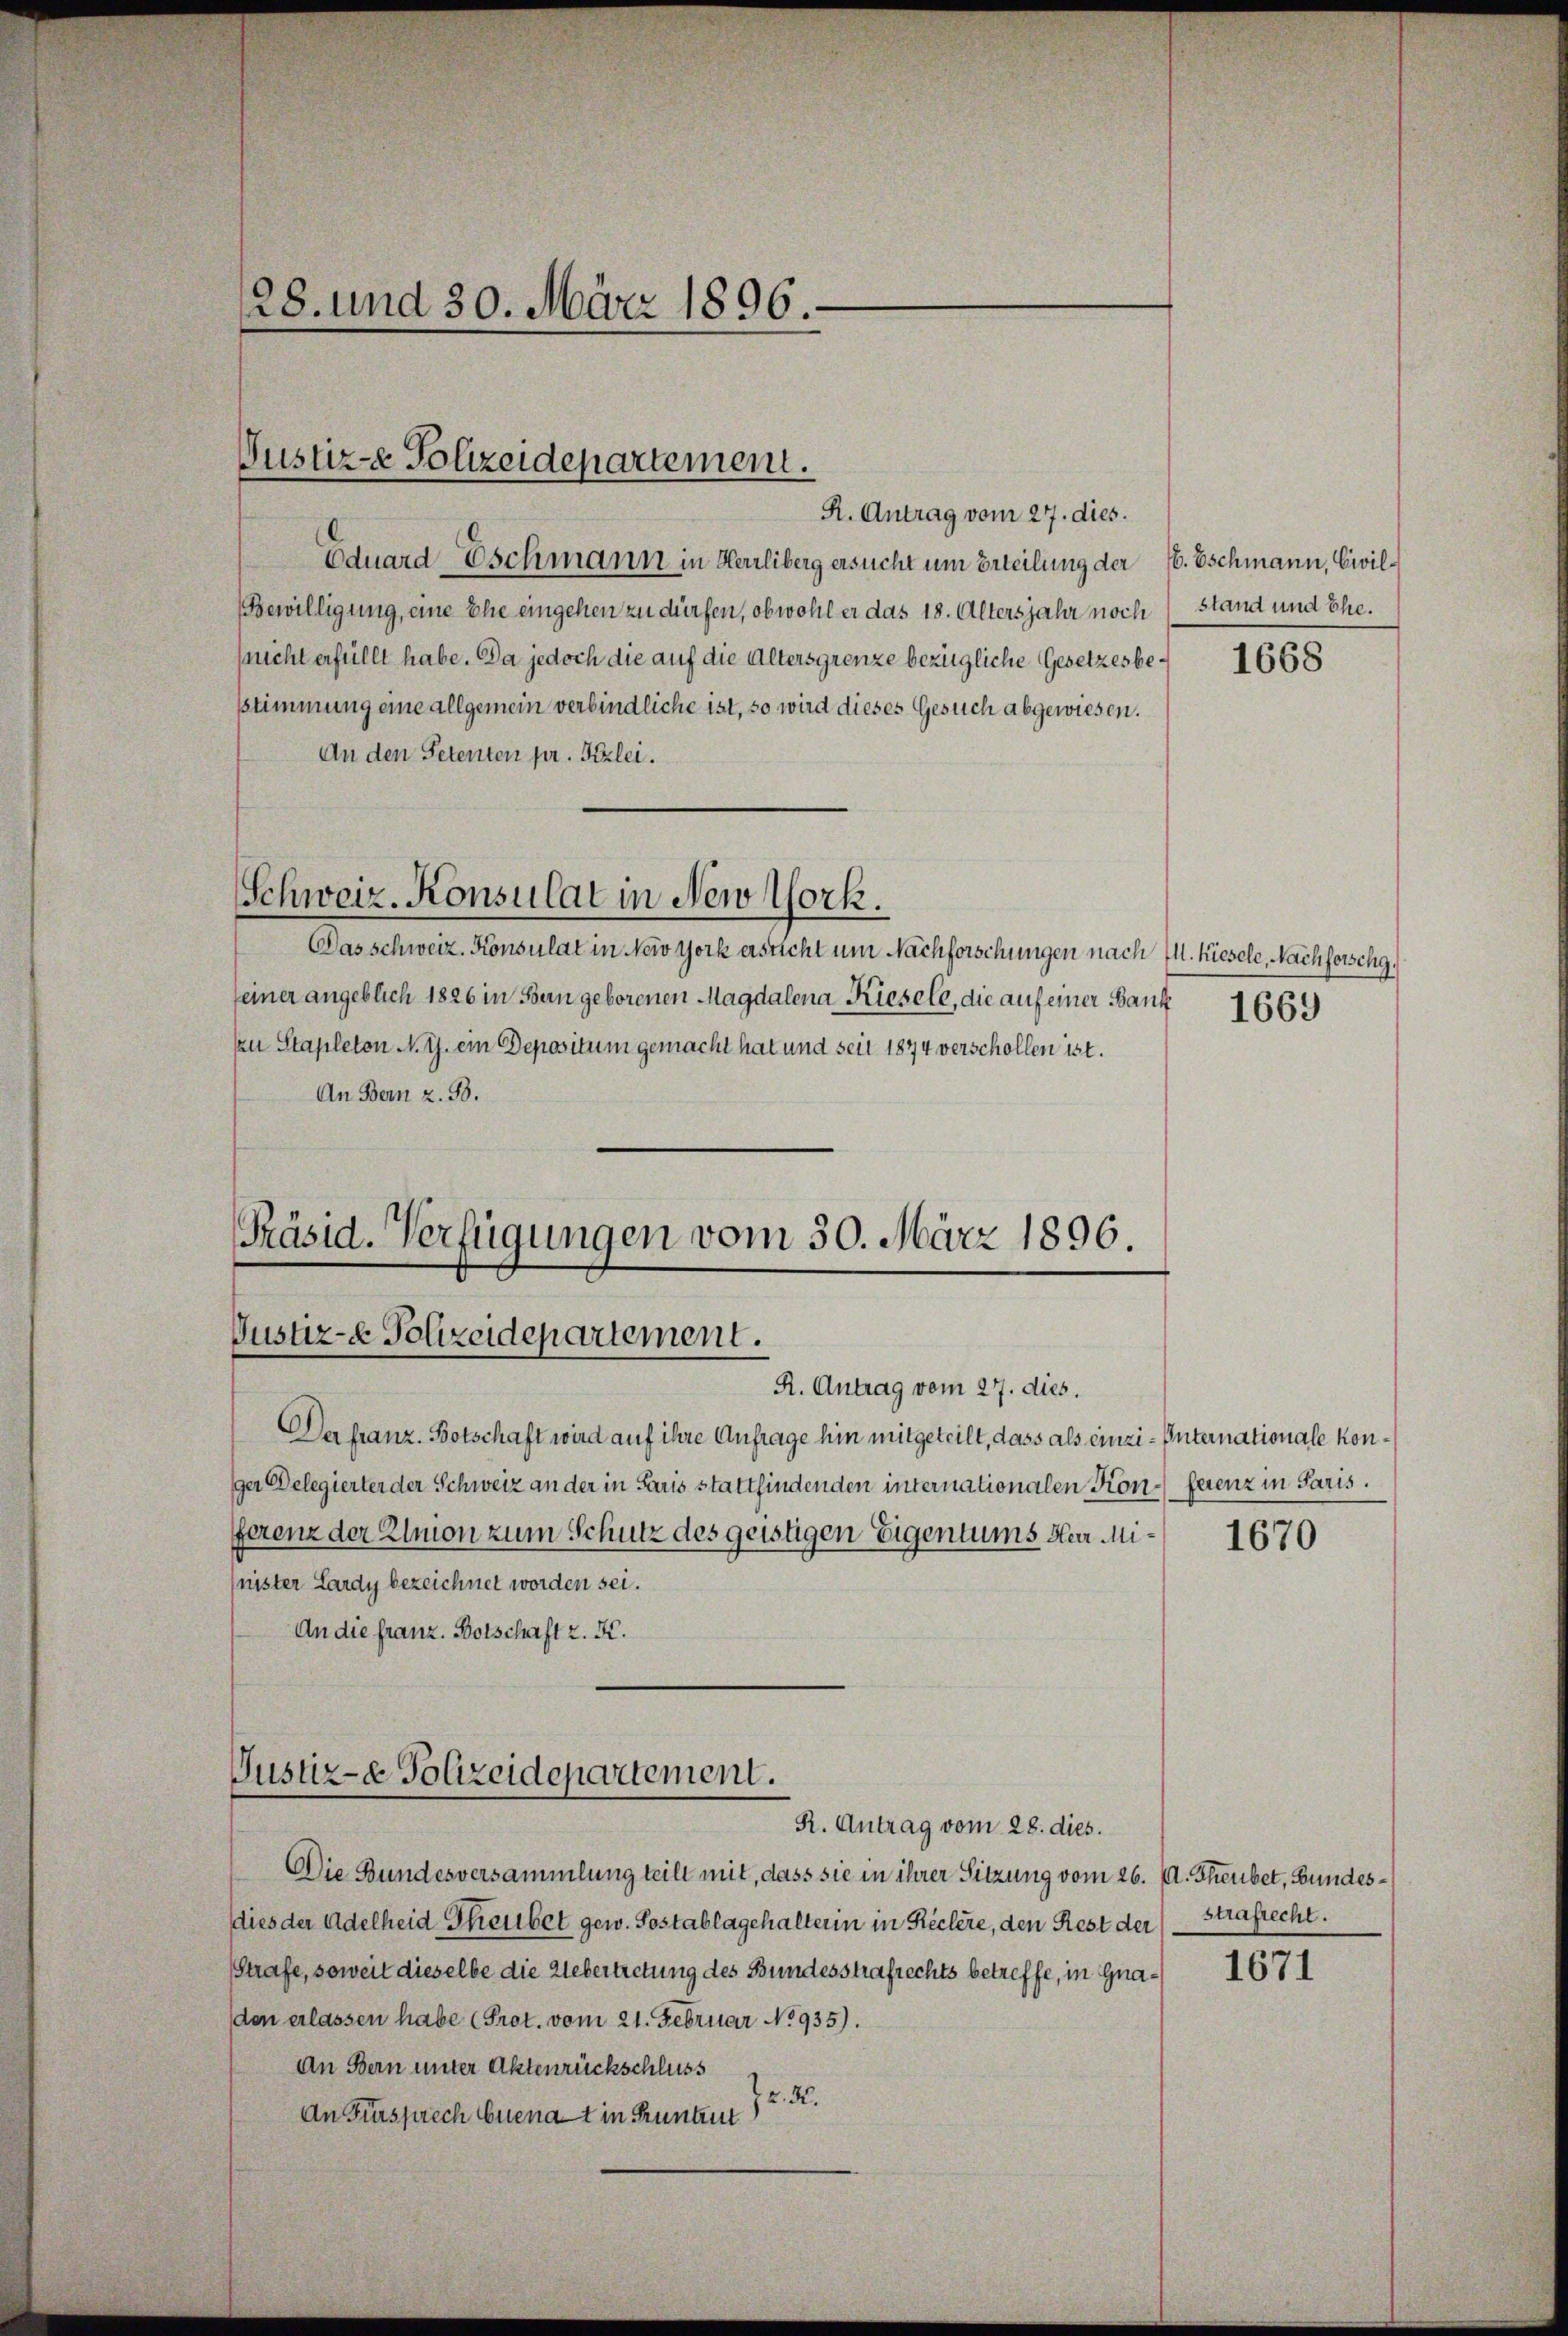
28. und 30. März 1896.

Justiz-e Polizeidepartement.

R. Antrag vom 27. dies.
Eduard-Eschmann in Herrliberg ersucht um Erteilung der (6. Eschmann, Civil¬
Bewilligung, eine Ehe eingehen zu dürfen, ob wohl er das 18. Altersjahr noch
(nicht erfüllt habe. Da jedoch die auf die Altersgrenze bezügliche Gesetzes besstimmung eine allgemein verbindliche ist, so wird dieses Gesuch abgewiesen.
An den Petenten pr. Frzlei.
Schweiz. Konsulat in New York.
Das schweiz. Konsulat in New York ersticht um Nachforschungen nach 11. Kiesele, Nachforschg.
seiner angeblich 1826 in Bern geborenen Magdalena Kiesele, die auf einer Bank
zu Stapleton N. Z. ein Depositum gemacht hat und seit 1874 verschollen ist.
An Bern z. B.

Präsid. Verfügungen vom 30. März 1896.
Justiz- & Polizeidepartement.
R. Antrag vom 27. dies.

Der franz. Botschaft wird auf ihre Anfrage hin mitgeteilt, dass als einzi-Internationale Konger Delegierter der Schweiz an der in Paris stattfindenden internationalen Konferenz in Paris.
fferenz der Elmon zum Schutz des geistigen Eigentums Her Minister Lardy bezeichnet worden sei.
An die franz. Botschaft z. K.

Die Bundesversammlung teilt mit, dass sie in ihrer Sitzung vom 26. A. Theubet, Bundesdies der Adelheid Theubet gew. Postablagehalterin in Reclere, den Rest der Strafrecht.
Strafe, soweit dieselbe die Uebertretung des Bundesstrafrechts betreffe, in Gnaden erlassen habe (Prot. vom 21. Februar No. 935).
An Bern unter Aktenrückschluss
K. K.
An Fürsprech buenat in Pruntrut

Justiz- & Polizeidepartement.
R. Antrag vom 28. dies.

stand und Ehe.

1668

1669

1670

1671